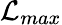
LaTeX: \mathcal{L}_{max}